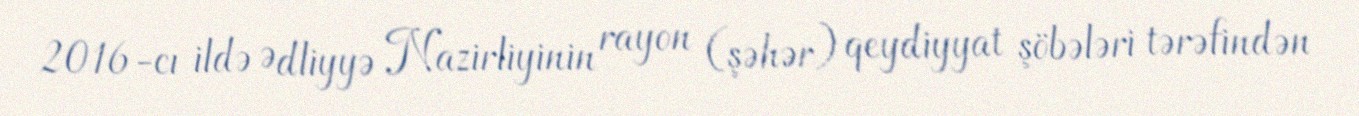
2016-cı ildə Ədliyyə Nazirliyinin rayon (şəhər) qeydiyyat şöbələri tərəfindən